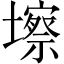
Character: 𱘑